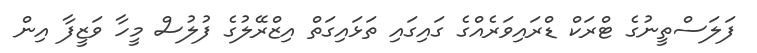
ފަލަސްތީނުގެ ޓްރަކް ޑްރައިވަރެއްގެ ގައިގައި ތަޅައިގަތް އިޒްރޭލުގެ ފުލުސް މީހާ ވަޒީފާ އިން